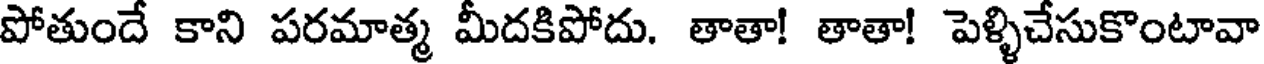
పోతుందే కాని పరమాత్మ మీదకిపోదు. తాతా! తాతా! పెళ్ళిచేసుకొంటావా